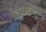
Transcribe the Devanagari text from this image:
ब्रिटनमधल्या